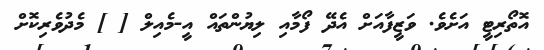
އޮތޯރިޓީ އަށެވެ. ވަޒީފާއަށް އެދޭ ފޯމާއި ލިޔުންތައް އީ-މެއިލް [ ] މެދުވެރިކޮށް